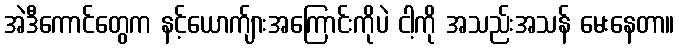
အဲဒီကောင်တွေက နင့်ယောက်ျားအကြောင်းကိုပဲ ငါ့ကို အသည်းအသန် မေးနေတာ။